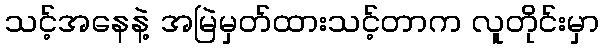
သင့်အနေနဲ့ အမြဲမှတ်ထားသင့်တာက လူတိုင်းမှာ